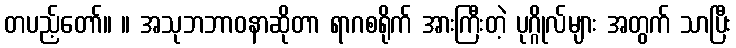
တပည့်တော်။ ။ အသုဘဘာဝနာဆိုတာ ရာဂစရိုက် အားကြီးတဲ့ ပုဂ္ဂိုလ်များ အတွက် သာပြီး